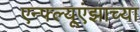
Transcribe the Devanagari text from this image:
एन्फ्ल्यूएंझाच्या